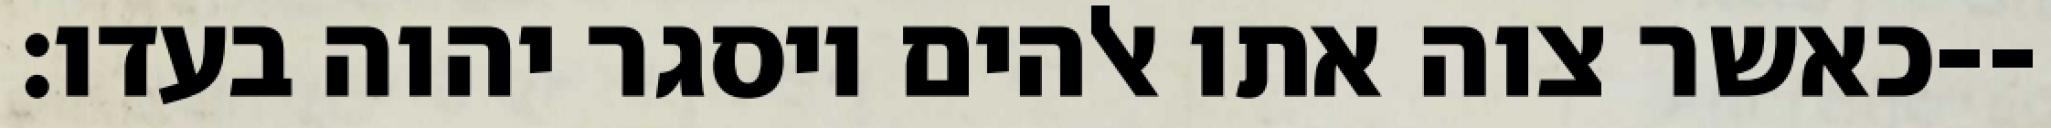
כאשר צוה אתו אלהים ויסגר יהוה בעדו׃--